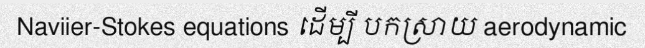
Naviier-Stokes equations ដើម្បី បកស្រាយ aerodynamic